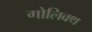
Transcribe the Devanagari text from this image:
गोलिक्थ